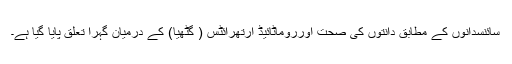
سائنسدانوں کے مطابق دانتوں کی صحت اورروماٹائیڈ آرتھرائٹس ( گٹھیا) کے درمیان گہرا تعلق پایا گیا ہے۔